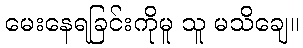
မေးနေရခြင်းကိုမူ သူ မသိချေ။